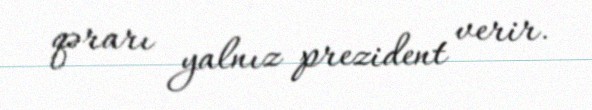
qərarı yalnız prezident verir.